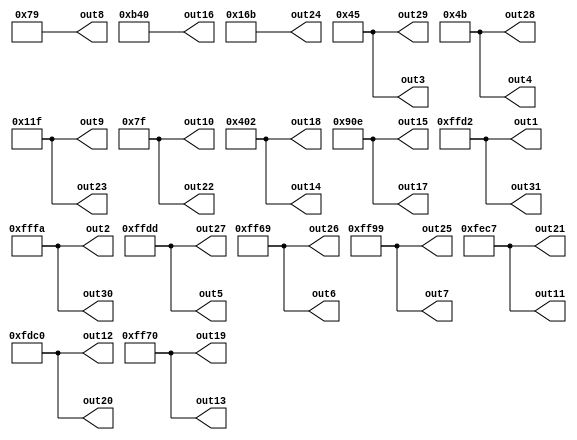
module inverse_impulse_response(out1, out2, out3, out4, out5, out6, out7, out8,
  out9, out10, out11, out12, out13, out14, out15, out16, out17, out18,
  out19, out20, out21, out22, out23, out24 ,out25, out26, out27, out28,
  out29, out30, out31);
  output [15:0] out1, out2, out3, out4, out5, out6, out7, out8,
  out9, out10, out11, out12, out13, out14, out15, out16, out17, out18,
  out19, out20, out21, out22, out23, out24 ,out25, out26, out27, out28,
  out29, out30, out31;

  //                                 sign integer decimal
  //fixed point 16-bit represetation 0____00______0000000000000
  assign out1 = 16'b1111111111010010; ////
  assign out2 = 16'b1111111111111010;
  assign out3 = 16'b0000000001000101;
  assign out4 = 16'b0000000001001011; ////
  assign out5 = 16'b1111111111011101;
  assign out6 = 16'b1111111101101001;
  assign out7 = 16'b1111111110011001; ////
  assign out8 = 16'b0000000001111001;
  assign out9 = 16'b0000000100011111;
  assign out10 = 16'b0000000001111111; ////
  assign out11 = 16'b1111111011000111;
  assign out12 = 16'b1111110111000000;
  assign out13 = 16'b1111111101110000; ////
  assign out14 = 16'b0000010000000010;
  assign out15 = 16'b0000100100001110;
  assign out16 = 16'b0000101101000000; ////////
  assign out17 = 16'b0000100100001110;
  assign out18 = 16'b0000010000000010;
  assign out19 = 16'b1111111101110000; ////
  assign out20 = 16'b1111110111000000;
  assign out21 = 16'b1111111011000111;
  assign out22 = 16'b0000000001111111;  ////
  assign out23 = 16'b0000000100011111;
  assign out24 = 16'b0000000101101011;
  assign out25 = 16'b1111111110011001; ////
  assign out26 = 16'b1111111101101001;
  assign out27 = 16'b1111111111011101;
  assign out28 = 16'b0000000001001011; ////
  assign out29 = 16'b0000000001000101;
  assign out30 = 16'b1111111111111010;
  assign out31 = 16'b1111111111010010; ////
  
endmodule